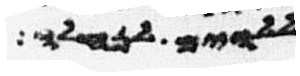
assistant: ללוים לנחלה